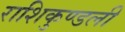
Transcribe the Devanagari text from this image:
राशिकुण्डली